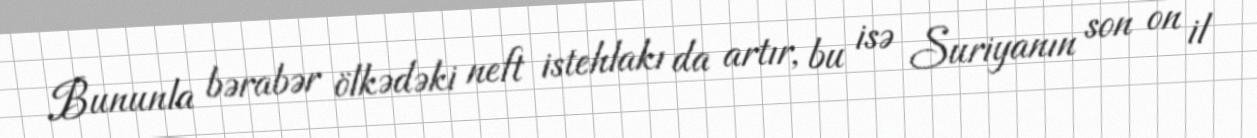
Bununla bərabər ölkədəki neft istehlakı da artır, bu isə Suriyanın son on il